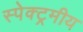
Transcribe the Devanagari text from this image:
स्पेक्ट्रमीय